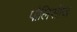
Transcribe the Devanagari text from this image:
पौलिसीज़